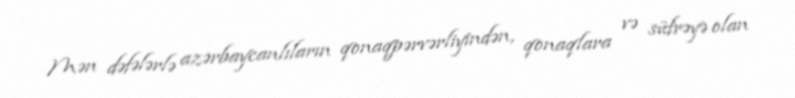
Mən dəfələrlə azərbaycanlıların qonaqpərvərliyindən, qonaqlara və süfrəyə olan